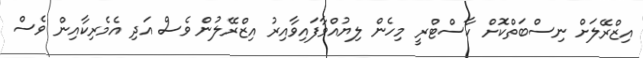
އިޒްރޭލަށް ނިސްބަތްކޮށް ކާސްޓްރީ މިހެން ލިޔުއްވާފައިވާއިރު އިޒްރޭލުން ވެސް އަދި އެމެރިކާއިން ވެސް